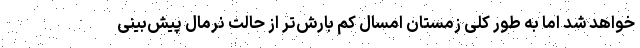
خواهد شد اما به طور کلی زمستان امسال کم بارش‌تر از حالت نرمال پیش‌بینی